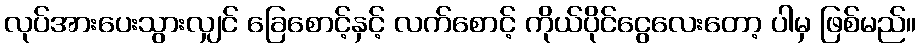
လုပ်အားပေးသွားလျှင် ခြေစောင့်နှင့် လက်စောင့် ကိုယ်ပိုင်ငွေလေးတော့ ပါမှ ဖြစ်မည်။